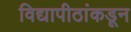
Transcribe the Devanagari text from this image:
विद्यापीठांकडून